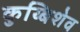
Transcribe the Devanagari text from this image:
कुय्बिशेव